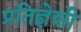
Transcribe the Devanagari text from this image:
प्रतिज्ञेशी